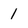
Character: 1